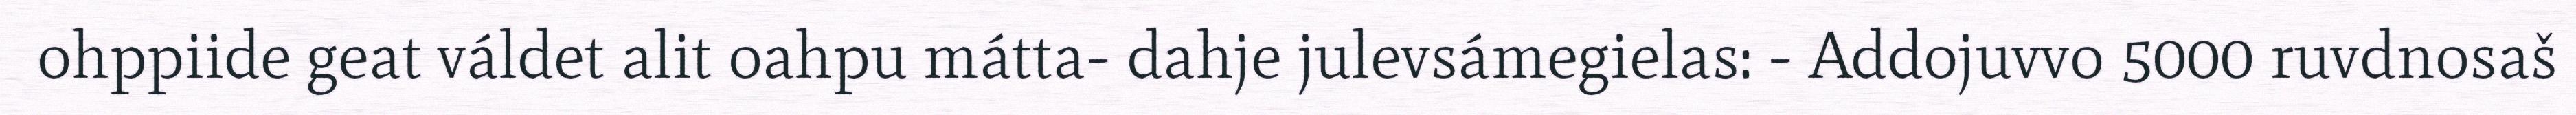
ohppiide geat váldet alit oahpu mátta- dahje julevsámegielas: - Addojuvvo 5000 ruvdnosaš